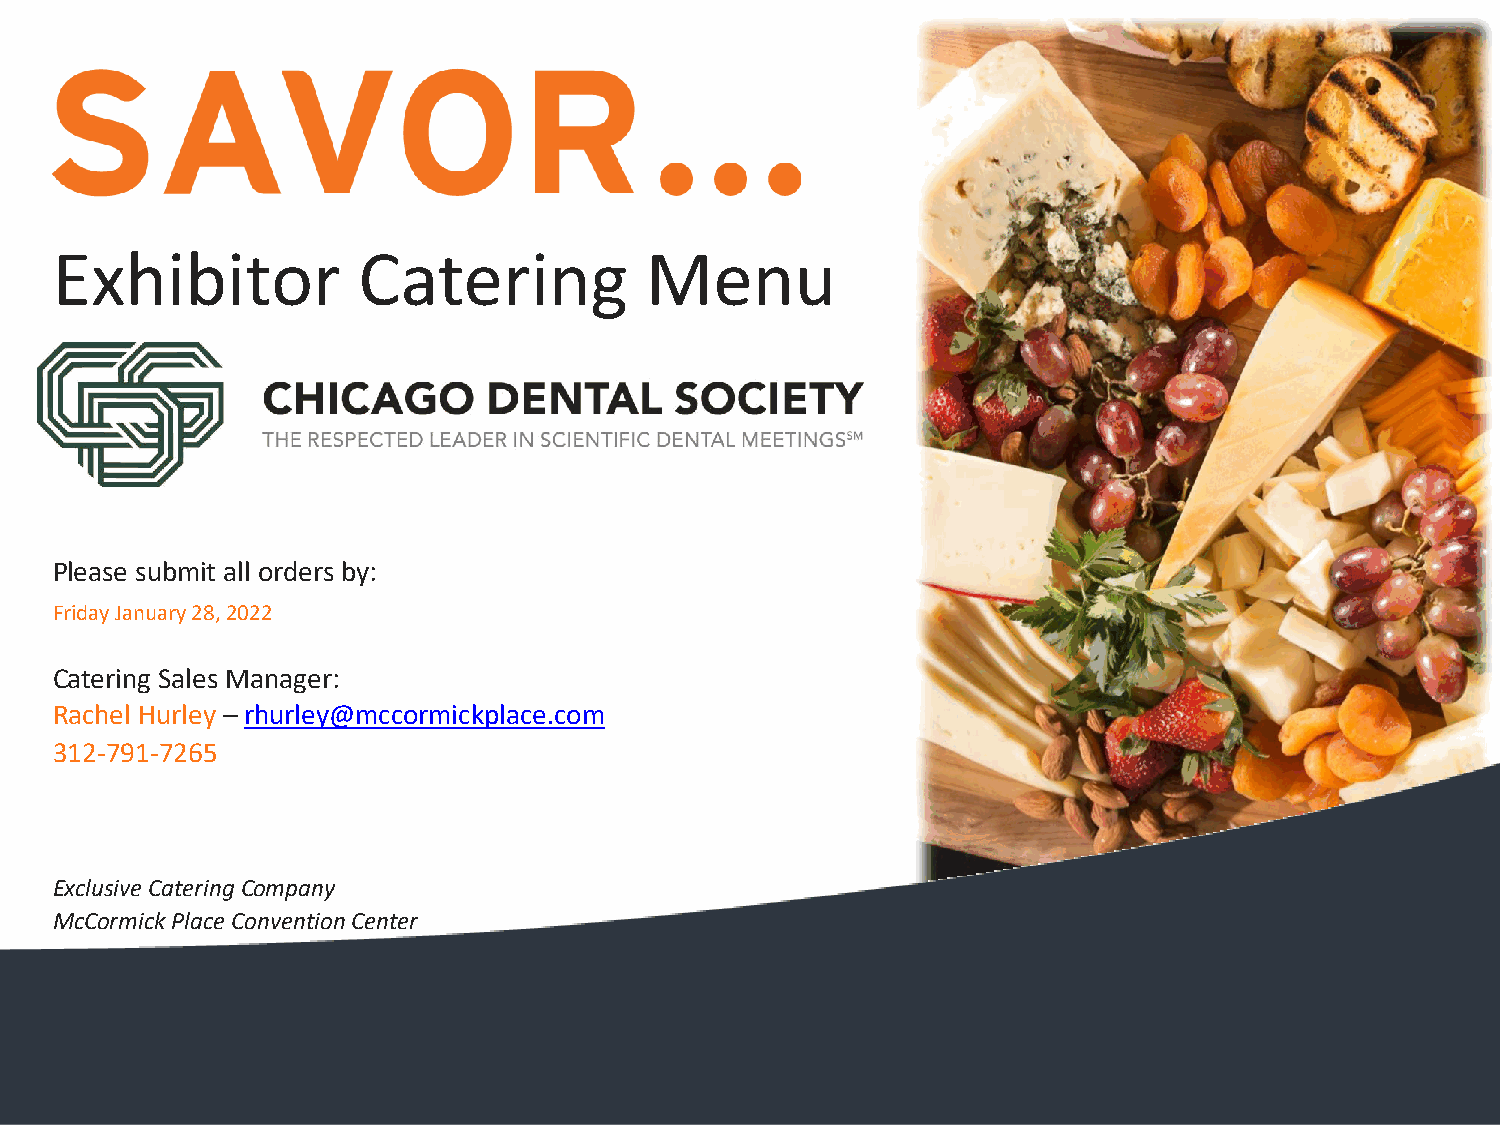
Exhibitor            Catering           Menu
 Please submit all orders by:
 Friday January 28, 2022
 Catering Sales Manager:
 Rachel Hurley – rhurley@mccormickplace.com
 312-791-7265
 Exclusive Catering Company
 McCormick Place Convention Center